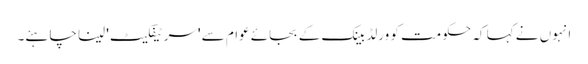
انہوں نے کہا کہ حکومت کو ورلڈ بینک کے بجائے عوام سے 'سرٹیفکیٹ' لینا چاہئے۔